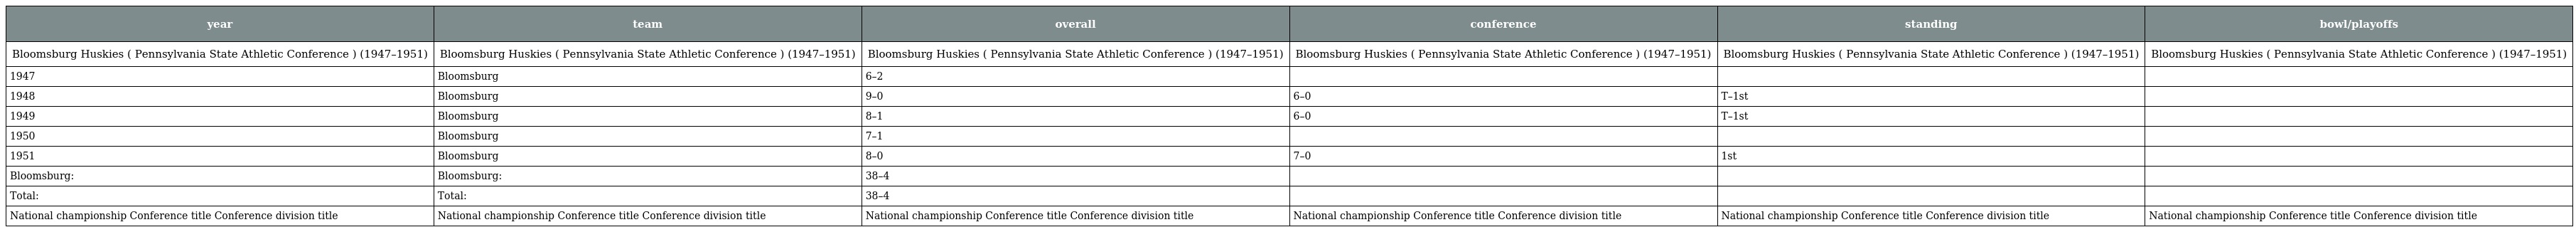
| year | team | overall | conference | standing | bowl/playoffs |
 | --- | --- | --- | --- | --- | --- |
 | Bloomsburg Huskies ( Pennsylvania State Athletic Conference ) (1947–1951) | Bloomsburg Huskies ( Pennsylvania State Athletic Conference ) (1947–1951) | Bloomsburg Huskies ( Pennsylvania State Athletic Conference ) (1947–1951) | Bloomsburg Huskies ( Pennsylvania State Athletic Conference ) (1947–1951) | Bloomsburg Huskies ( Pennsylvania State Athletic Conference ) (1947–1951) | Bloomsburg Huskies ( Pennsylvania State Athletic Conference ) (1947–1951) |
 | 1947 | Bloomsburg | 6–2 |  |  |  |
 | 1948 | Bloomsburg | 9–0 | 6–0 | T–1st |  |
 | 1949 | Bloomsburg | 8–1 | 6–0 | T–1st |  |
 | 1950 | Bloomsburg | 7–1 |  |  |  |
 | 1951 | Bloomsburg | 8–0 | 7–0 | 1st |  |
 | Bloomsburg: | Bloomsburg: | 38–4 |  |  |  |
 | Total: | Total: | 38–4 |  |  |  |
 | National championship Conference title Conference division title | National championship Conference title Conference division title | National championship Conference title Conference division title | National championship Conference title Conference division title | National championship Conference title Conference division title | National championship Conference title Conference division title |